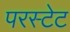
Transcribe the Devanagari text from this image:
परस्टेट